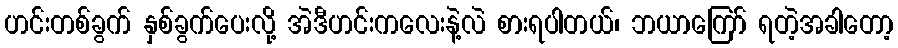
ဟင်းတစ်ခွက် နှစ်ခွက်ပေးလို့ အဲဒီဟင်းကလေးနဲ့လဲ စားရပါတယ်၊ ဘယာကြော် ရတဲ့အခါတော့